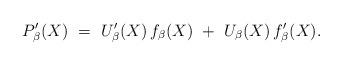
LaTeX: \begin{align*}P'_{\beta}(X) ~=~U'_{\beta}(X) \,f_{\beta}(X)~+~U_{\beta}(X) \,f'_{\beta}(X).\end{align*}